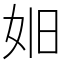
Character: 𪥮